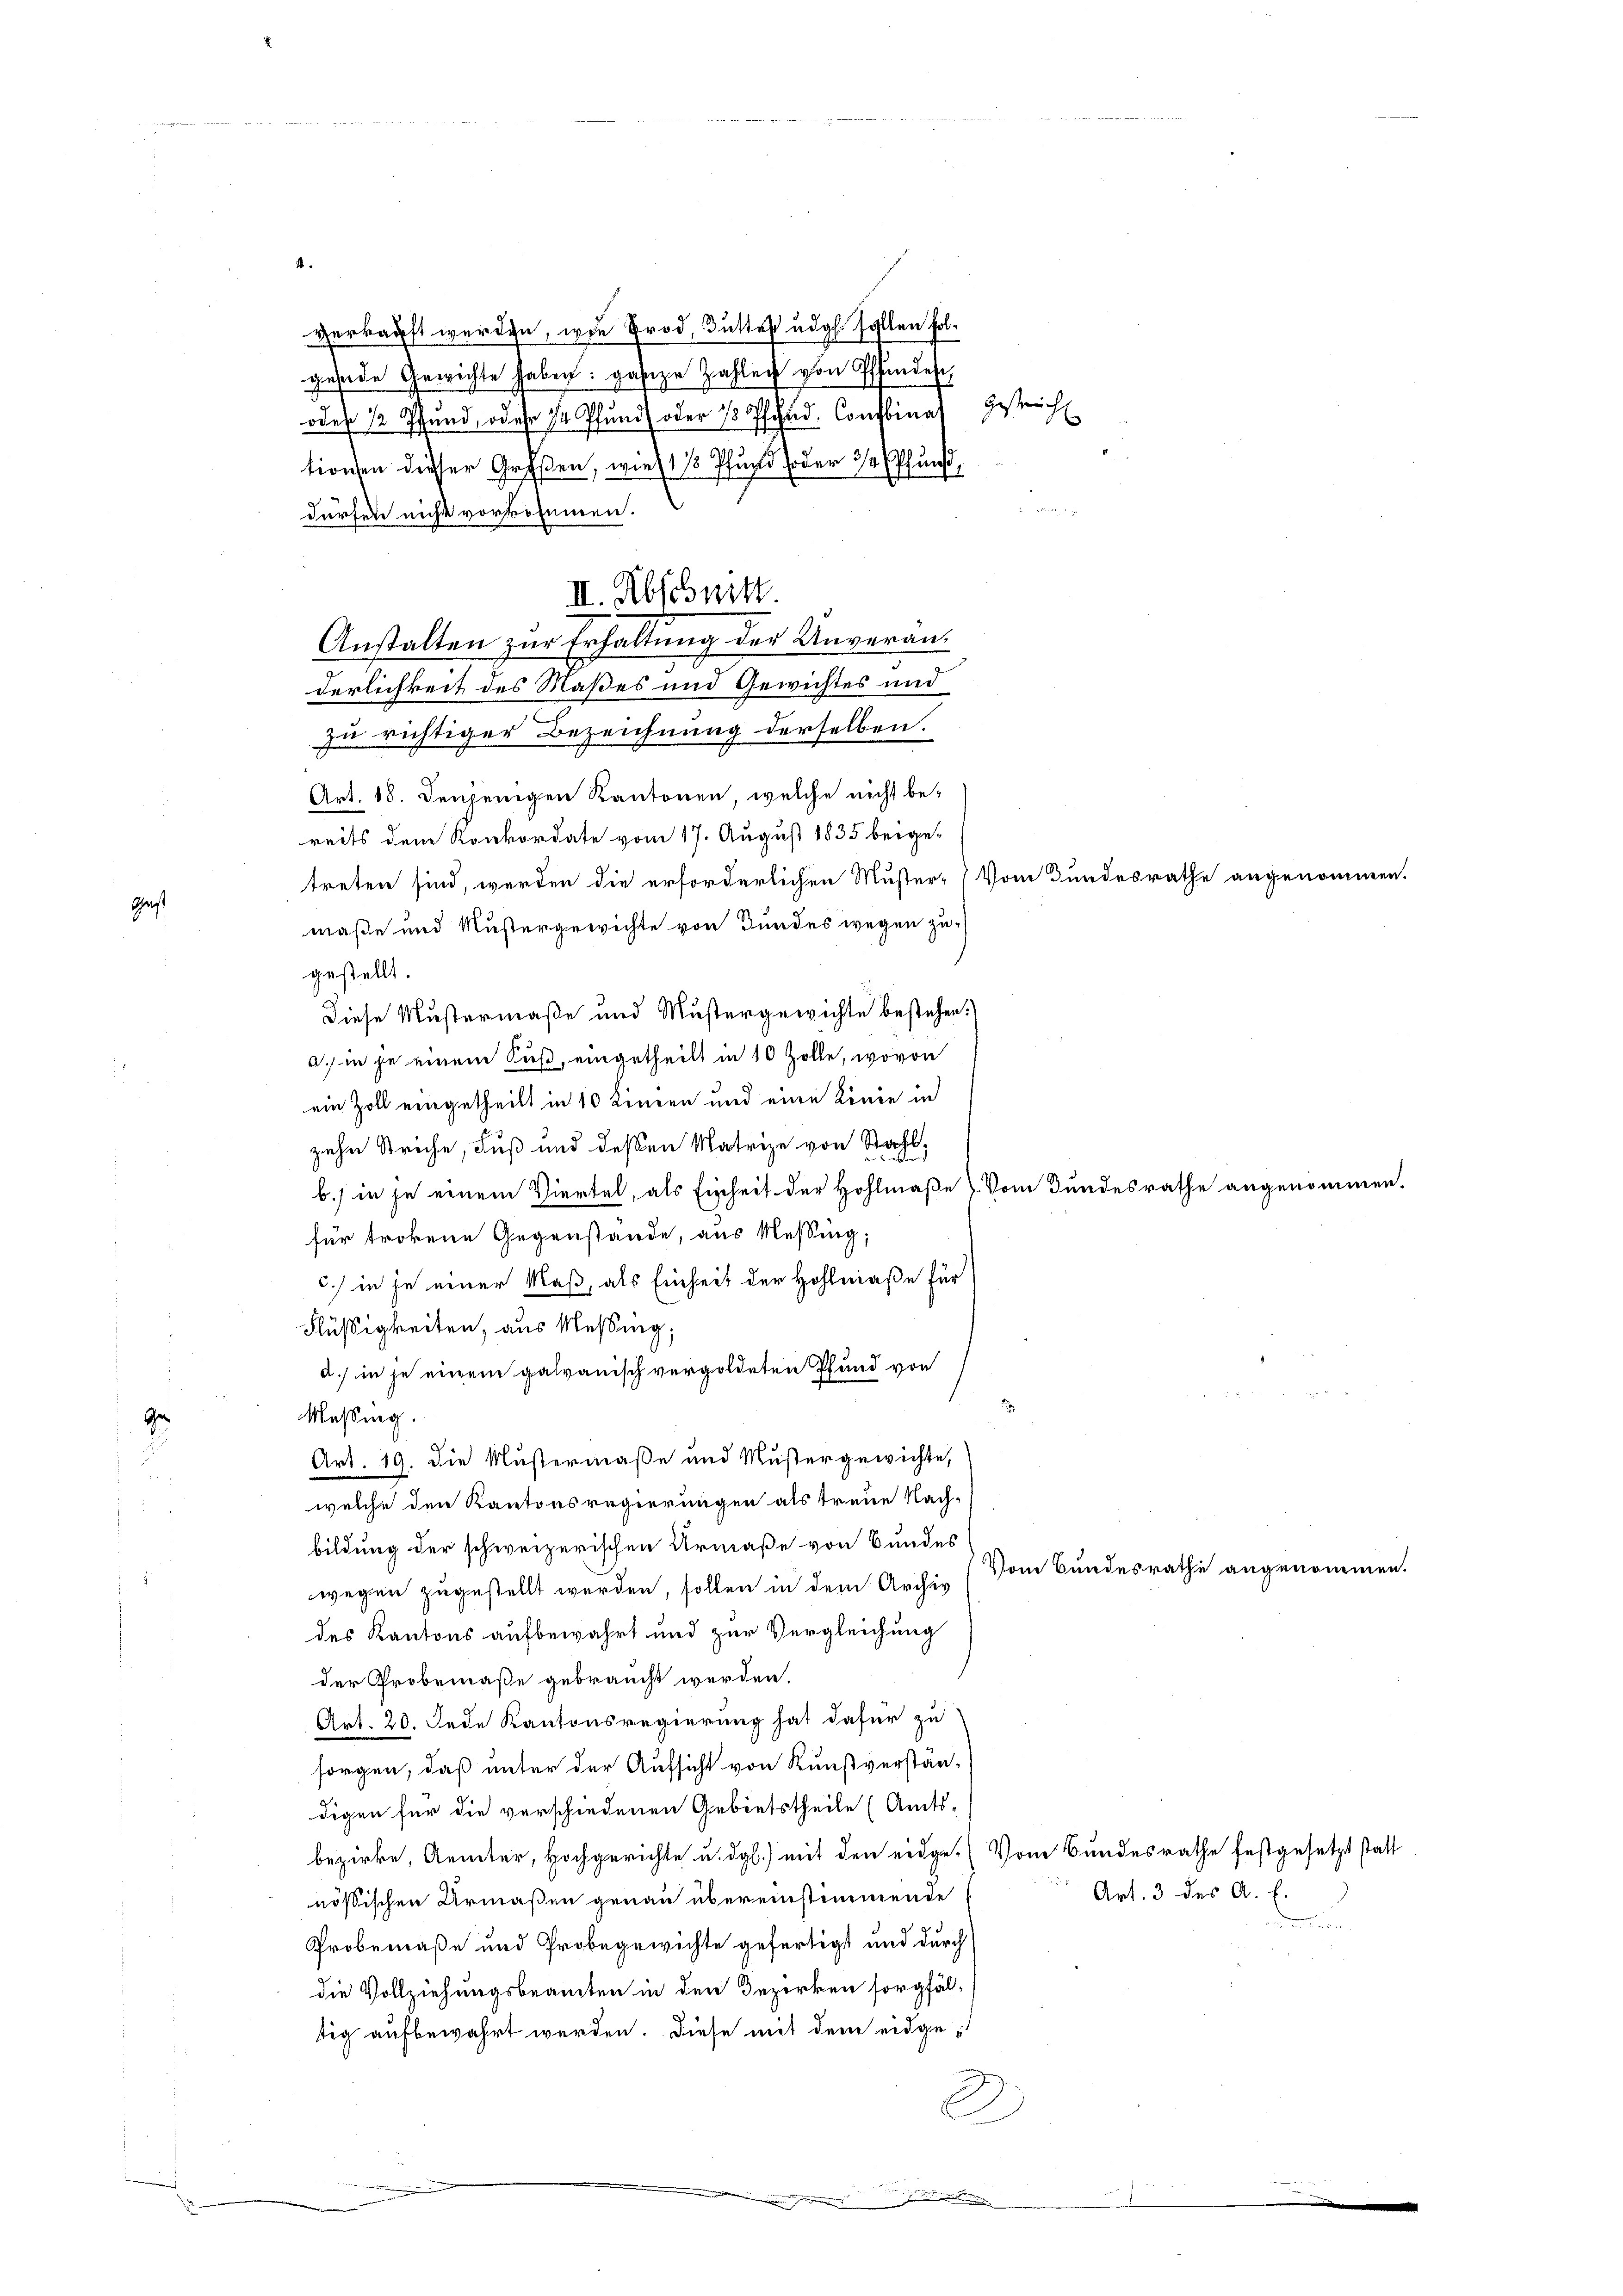
Geist

verkauft werden, wie Brod, Futter dgl. Fallen folgende Gewichte haben: ganze Zahlen von Pfandes,
oder 12 Pfund, oder 14 Pfund) oder 13 Tschud. Conflinas Gestricht
tionen dieser Großen, wie 11 Pfund oder 3/4 Pfund,

dürfen nicht vorkommen.
derlichkeit des Maßes und Gewichtes und
zu richtiger Bezeichnung derselben.
Art. 18. denjenigen Kantonen, welche nicht be-
reits dem Konkordate vom 17. August 1835 beige-
treten sind, werden die erforderlichen Muster-Vom Bundesrathe angenomm
maße und Mustergewichte von Bundes wegen zu
gestellt.
Diese Mustermaße und Mustergewichte bestehen.)
a. in je einem Fuß, eingetheilt in 10 Zolle, wovon
ein Zoll eingetheilt in 10 Linien und eine Linie in
zehn Streche, Fuß und deßen Matrize von Stahl,
b.) in je einem Viertel, als Einheit der Hohlmaße). Vom Bundesrathe angenom
für trokene Gegenstände, aus Messing;
c.) in je einer Maß, als Einheit der Hohlraße für
Flüßigkeiten, aus Messing;
n
a.) in je einem galvanisch vergoldeten Pfand von
Messing.
Ge
Art. 19. die Mustermaße und Mustergewichte,
welche den Kantonsregierungen als treue Nach-
bildung der schweizerischen Urmaße von Bundes
Vom Bundesrathe angenom
wegen zugestellt werden, sollen in dem Archiv
des Kantons aufbewahrt und zur Vergleichung
der Probemaße gebraucht werden.
Art. 20. Jede Kantonsregierung hat dafür zu
sorgen, daß unter der Aufsicht von Kunstverstän-
digen für die verschiedenen Gebietstheile (Amts-
bezirke, Aemter, Hochgerichte u. dgl.) mit den eidge-Vom Bundesrathe festgesetzt statt
Art. 3 des A. E.
nössischen Urmaßen genau übereinstimmende
Probemaße und Probegewichte gefertigt und durch
die Vollziehungsbeamten in den Bezirken sorgfältig aufbewahrt werden. Diese mit dem eidge¬
2

II. Abschnitt
Anstalten zur Erhaltung der Unveran¬